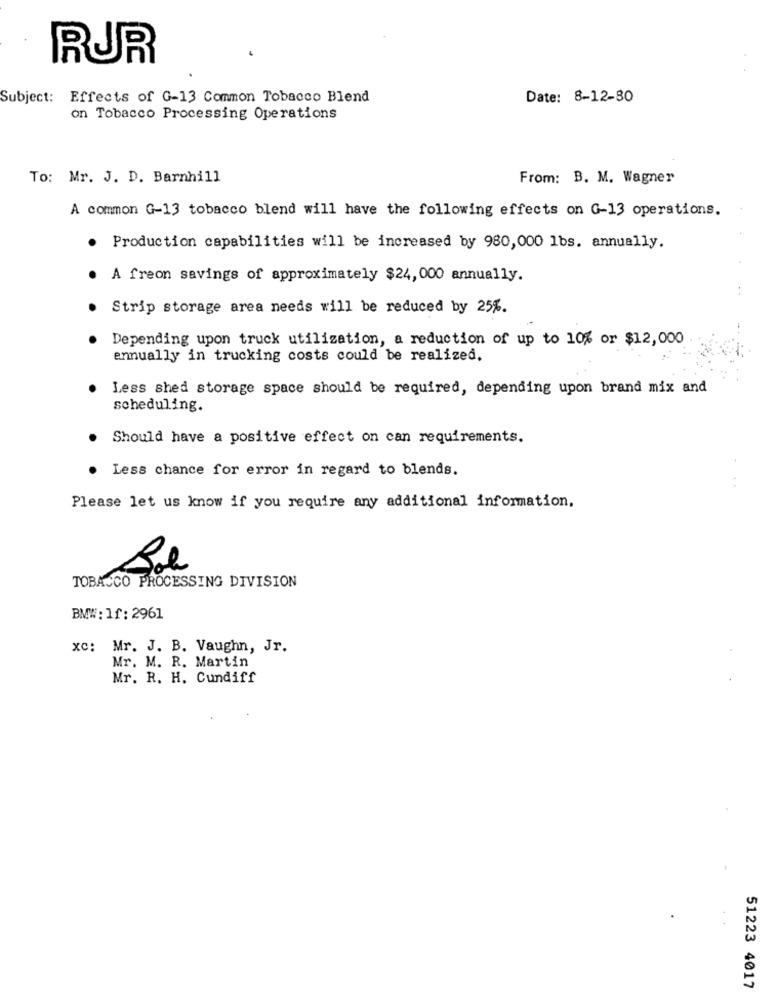
RUR
Subject: Effects of G-13 Common Tobacco Blend
Date: 8-12-80
on Tobacco Processing Operations
To: Mr. J. D. Barnhill
From: B. M. Wagner
A common G-13 tobacco blend will have the following effects on G-13 operations.
Production capabilities will be increased by 980,000 1bs. annually.
A freon savings of approximately $24, 000 annually.
Strip storage area needs will be reduced by 25%.
Depending upon truck utilization, a reduction of up to 10% or $12,000
annually in trucking costs could be realized.
Less shed storage space should be required, depending upon brand mix and
scheduling.
Should have a positive effect on can requirements.
Less chance for error in regard to blends.
Please let us know if you require any additional information,
TOBACCO PROCESSING DIVISION
BMW: 1f: 2961
xc: Mr. J. B. Vaughn, Jr.
Mr. M. R. Martin
Mr. R. H. Cundiff
51223 4017